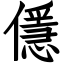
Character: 㒚